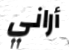
أراني